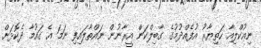
ނިއުކްލިއާ ހަތިޔާރު އުފެއްދުމުގެ ގާބިލްކަން އީރާނުން ނައްތާލައިފި ނަމަ އެ ގައުމާ ދެކޮޅަށް